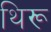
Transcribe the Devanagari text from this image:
थिरू